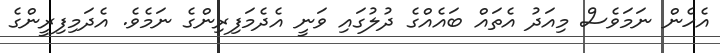
އެހެން ނަމަވެސް މިއަދު އެތައް ބައެއްގެ ދުލުގައި ވަނީ އެދެމަފިރިންގެ ނަމެވެ. އެދަމިފިރީންގެ